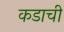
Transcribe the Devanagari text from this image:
कडाची